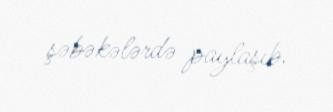
şəbəkələrdə paylaşıb.